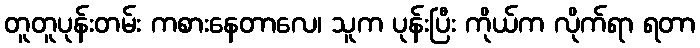
တူတူပုန်းတမ်း ကစားနေတာလေ၊ သူက ပုန်းပြီး ကိုယ်က လိုက်ရာ ရတာ